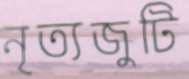
নৃত্যজুটি